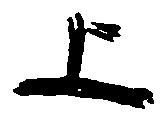
上